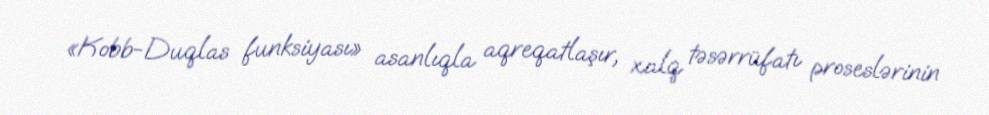
«Kobb-Duqlas funksiyası» asanlıqla aqreqatlaşır, xalq təsərrüfatı proseslərinin